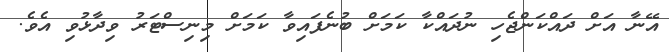
އޭނާ އަށް ދައްކަންޖެހި ނުދައްކާ ކަމަށް ބުނެފައިވާ ކަމަށް މިނިސްޓަރު ވިދާޅުވި އެވެ.